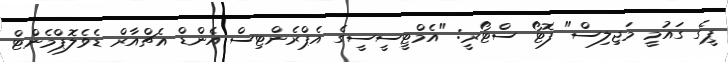
ޕީގެ ގައުމީ މަޖިލިސް" ފޮޓޯ ސްޓޯރީ: "އެމްޓީސީސީގެ އެޕްރެންޓިސް އެންޑް އެޗްއާރް ޑެވެލޮޕްމެންޓް